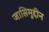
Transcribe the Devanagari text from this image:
जासिमुद्दीन